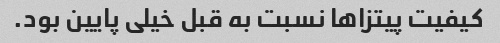
کیفیت پیتزاها نسبت به قبل خیلی پایین بود.